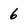
Character: 6